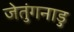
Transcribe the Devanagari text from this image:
जेतुंगनाडु